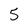
Character: 5